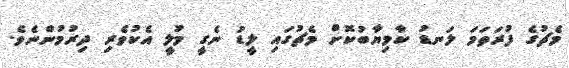
މެޗުގެ ފުރަތަމަ ލަނޑު ކާމިޔާބުކޮށް މެޗުގައި ލީޑު ނެގީ މުލީ އެކުވެރި ދިރުމުންނެވެ.